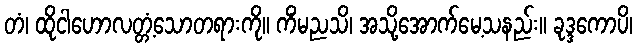
တံ၊ ထိုငါဟောလတ္တံ့သောတရားကို။ ကိံမညသိ၊ အသို့အောက်မေ့သနည်း။ ခုဒ္ဒကောပိ၊